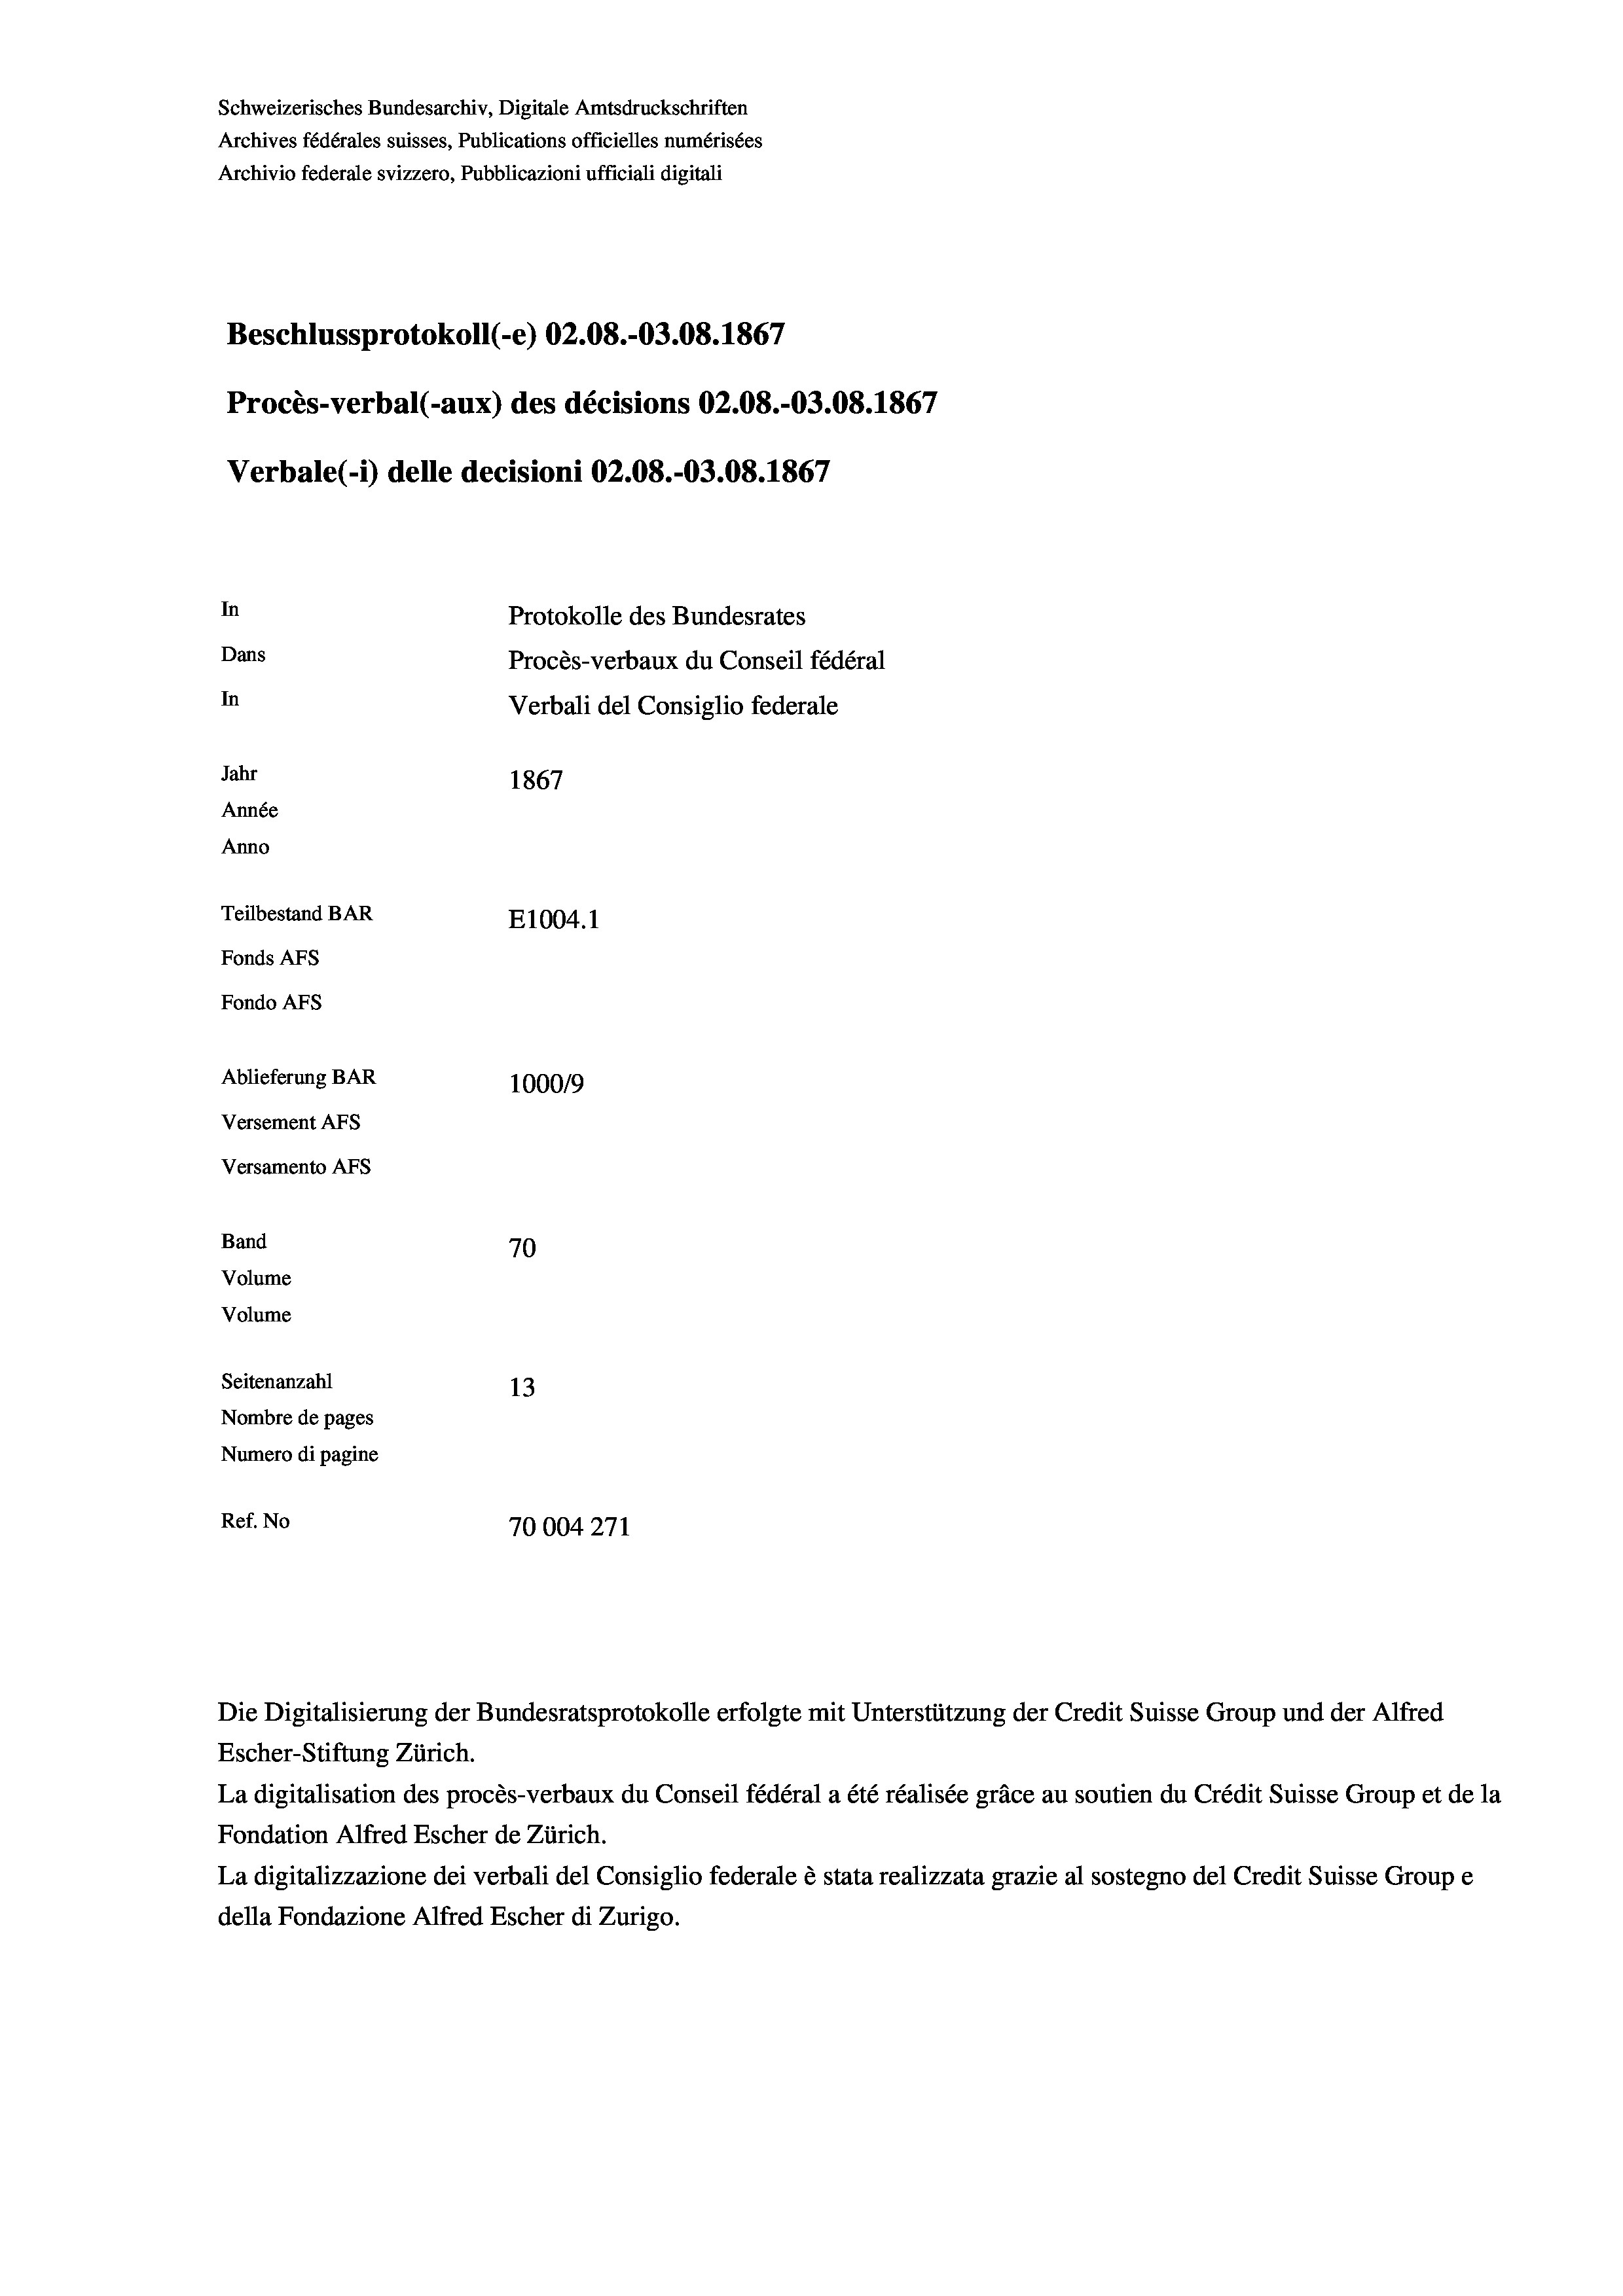
Schweizerisches Bundesarchiv, Digitale Amtsdruckschriften
Archives fédérales suisses, Publications officielles numérisées
Archivio federale svizzero, Pubblicazioni ufficiali digitali
Beschlussprotokoll (-e) 02.08.-03.08. 1867
Procès-verbal (-aux) des décisions 02.08.-O3.08. 1867
Verbale (- 1) delle decisioni 02.08.-03.08. 1867
In
Protokolle des Bundesrates
Dans
Procès-verbaux du Conseil fédéral
In
Verbali del Consiglio federale
Jahr
1867
Année
Anno
Teilbestand BAR
E1004.1
Fonds AFs
Fondo AFS
Ablieferung BAR
100019
Versement AFs
Versamento AFs
Band
70
Volume
Volume
Seitenanzahl
13
Nombre de pages
Numero di pagine
Ref. No
70004271

Escher-Stiftung Zürich.
La digitalisation des procès-verbaux du Conseil fédéral a été réalisée gräce au soutien du Crédit Suisse Group et de la
Fondation Alfred Escher de Zürich.
La digitalizzazione dei verbali del Consiglio federale è stata realizzata grazie al sostegno del Credit Suisse Groupe
della Fondazione Alfred Escher di Zurigo.

Die Digitalisierung der Bundesratsprotokolle erfolgte mit Unterstützung der Credit Suisse Group und der Alfred